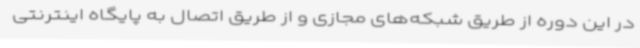
در این دوره از طریق شبکه‌های مجازی و از طریق اتصال به پایگاه اینترنتی